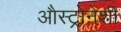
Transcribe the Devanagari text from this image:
औस्ट्रोनेशी